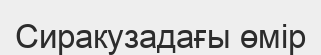
Сиракузадағы өмір